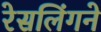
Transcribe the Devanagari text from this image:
रेसलिंगने